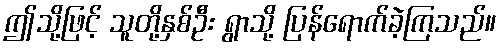
ဤသို့ဖြင့် သူတို့နှစ်ဦး ရွာသို့ ပြန်ရောက်ခဲ့ကြသည်။